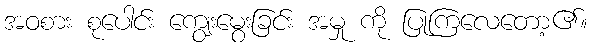
အဝစား စုပေါင်း ကျွေးမွေးခြင်း အမှု ကို ပြုကြလေတော့၏။